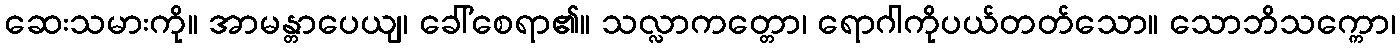
ဆေးသမားကို။ အာမန္တာပေယျ၊ ခေါ်စေရာ၏။ သလ္လာကတ္တော၊ ရောဂါကိုပယ်တတ်သော။ သောဘိသက္ကော၊